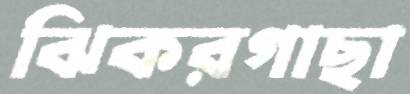
ঝিকরগাছা